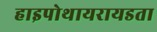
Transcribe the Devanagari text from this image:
हाइपोथायरायडता